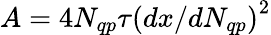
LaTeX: A=4N_{qp}\tau\left(dx/dN_{qp}\right)^{2}